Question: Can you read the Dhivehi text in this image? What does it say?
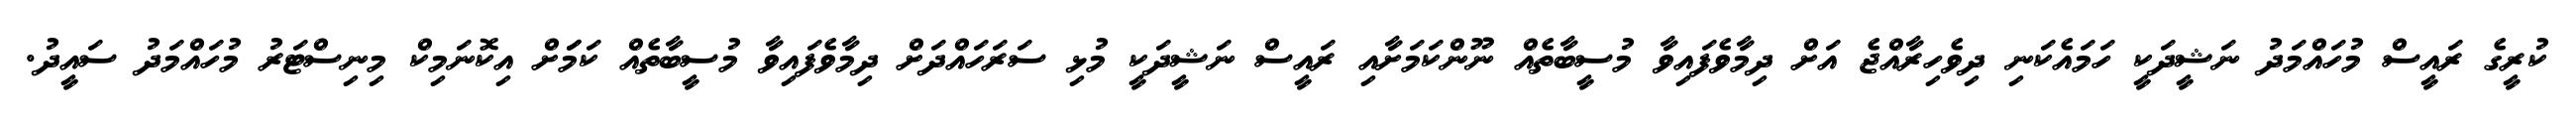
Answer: ކުރީގެ ރައީސް މުހައްމަދު ނަޝީދަކީ ހަމައެކަނި ދިވެހިރާއްޖެ އަށް ދިމާވެފައިވާ މުސީބާތެއް ނޫންކަމަށާއި ރައީސް ނަޝީދަކީ މުޅި ސަރަހައްދަށް ދިމާވެފައިވާ މުސީބާތެއް ކަމަަށް އިކޮނަމިކް މިނިސްޓަރު މުހައްމަދު ސައީދު.